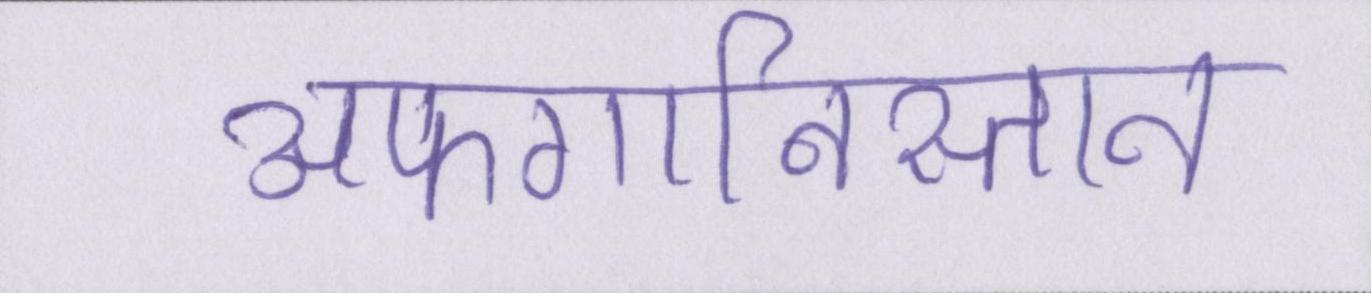
अफगानिस्तान